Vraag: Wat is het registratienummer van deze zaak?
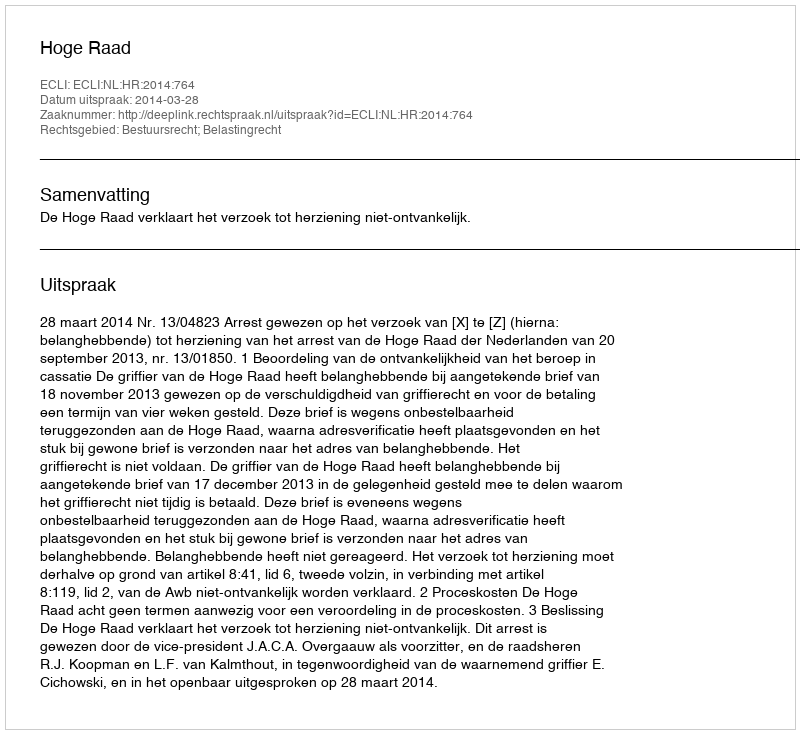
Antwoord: http://deeplink.rechtspraak.nl/uitspraak?id=ECLI:NL:HR:2014:764